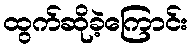
ထွက်ဆိုခဲ့ကြောင်း